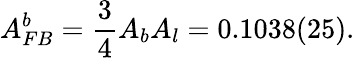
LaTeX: A_{FB}^{b}=\frac{3}{4}A_{b}A_{l}=0.1038(25).